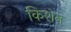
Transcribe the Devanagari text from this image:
किशेन